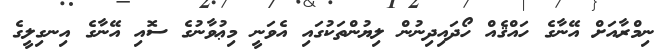
ނިމްރާއަށް އޭނާގެ ހައްޤެއް ހޯދައިދިނުން ލިޔުންތަކުގައި އެވަނީ މިޢުވާނުގެ ސޮއި އޭނާގެ އިނގިލީގެ